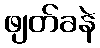
ဖျတ်ခနဲ